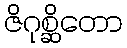
ဇိဂုစ္ဆိတော